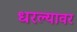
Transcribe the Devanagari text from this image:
धरल्यावर